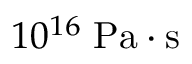
1 0 ^ { 1 6 } \; \mathrm { P a \cdot s }